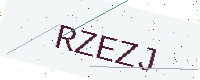
Text: RZEZJ